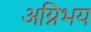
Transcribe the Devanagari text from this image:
अग्निभय